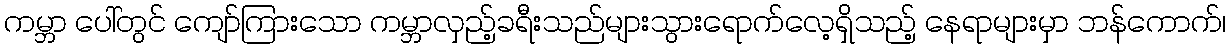
ကမ္ဘာ ပေါ်တွင် ကျော်ကြားသော ကမ္ဘာလှည့်ခရီးသည်များသွားရောက်လေ့ရှိသည့် နေရာများမှာ ဘန်ကောက်၊